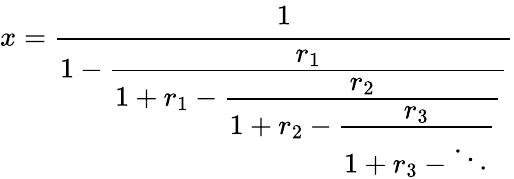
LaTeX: x={\cfrac{1}{1-{\cfrac{r_{1}}{1+r_{1}-{\cfrac{r_{2}}{1+r_{2}-{\cfrac{r_{3}}{1+r_{3}-\ddots}}}}}}}}